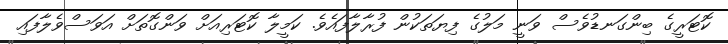
ކޮޓަރީގެ ބިންގަނޑުވެސް ވަނީ މަލުގެ ފިޔަތަކުން ފުރާލާފައެވެ. ކަމީލާ ކޮޓަރިއަށް ވަންގޮތަށް އަވަސްވެލާފައި